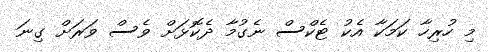
މި ހުރިހާ ކަމަކާ އެކު ޓެކްސް ނެގުމާ ދެކޮޅަށް ވެސް ވަރަށް ގިނަ